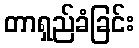
တာရှည်ခံခြင်း